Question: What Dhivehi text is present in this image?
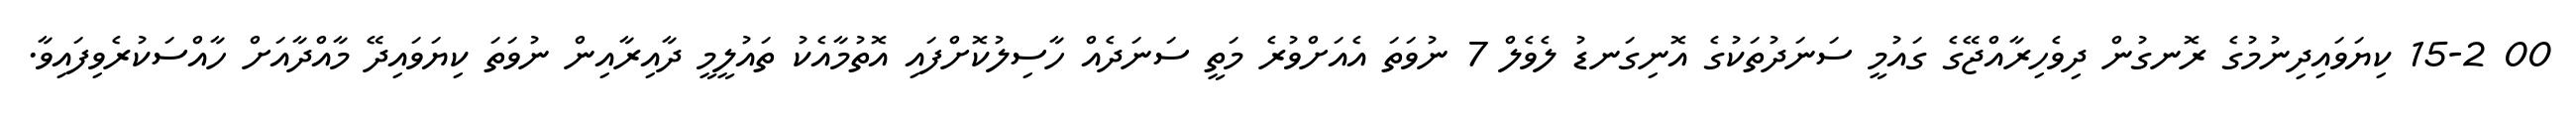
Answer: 00 15-2 ކިޔަވައިދިނުމުގެ ރޮނގުން ދިވެހިރާއްޖޭގެ ގައުމީ ސަނަދުތަކުގެ އޮނިގަނޑު ލެވެލް 7 ނުވަތަ އެއަށްވުރެ މަތީ ސަނަދެއް ހާސިލުކޮށްފައި އޮތުމާއެކު ތައުލީމީ ދާއިރާއިން ނުވަތަ ކިޔަވައިދޭ މާއްދާއަށް ހާއްސަކުރެވިފައިވާ.